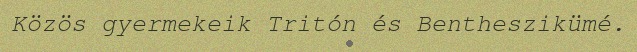
Közös gyermekeik Tritón és Bentheszikümé.